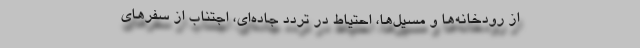
از رودخانه‌ها و مسیل‌ها، احتیاط در تردد جاده‌ای، اجتناب از سفرهای